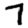
Digit: 7